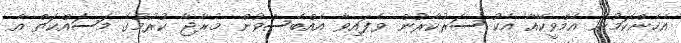
އެހެންކަމުން އެމްވީކޭއާ އެކު ސަރުކާރުން ވެފައިވާ އެއްބެސްވުން މުރާޖާ ކުރުމުގެ މަސައްކަތް އެ